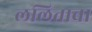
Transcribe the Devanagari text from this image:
ललिताचा